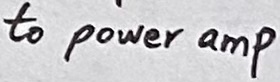
Text: to power amp